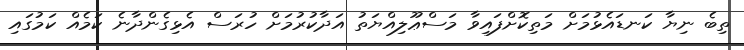
ތިބެ ނިޔާ ކަނޑައެޅުމަށް މަތިކޮށްފައިވާ މަސްޢޫލިއްޔަތު އަދާކުރުމަށް ހުރަސް އެޅިގެންދާނެ ކަމެއް ކަމުގައި